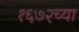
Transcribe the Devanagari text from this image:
१६७२च्या